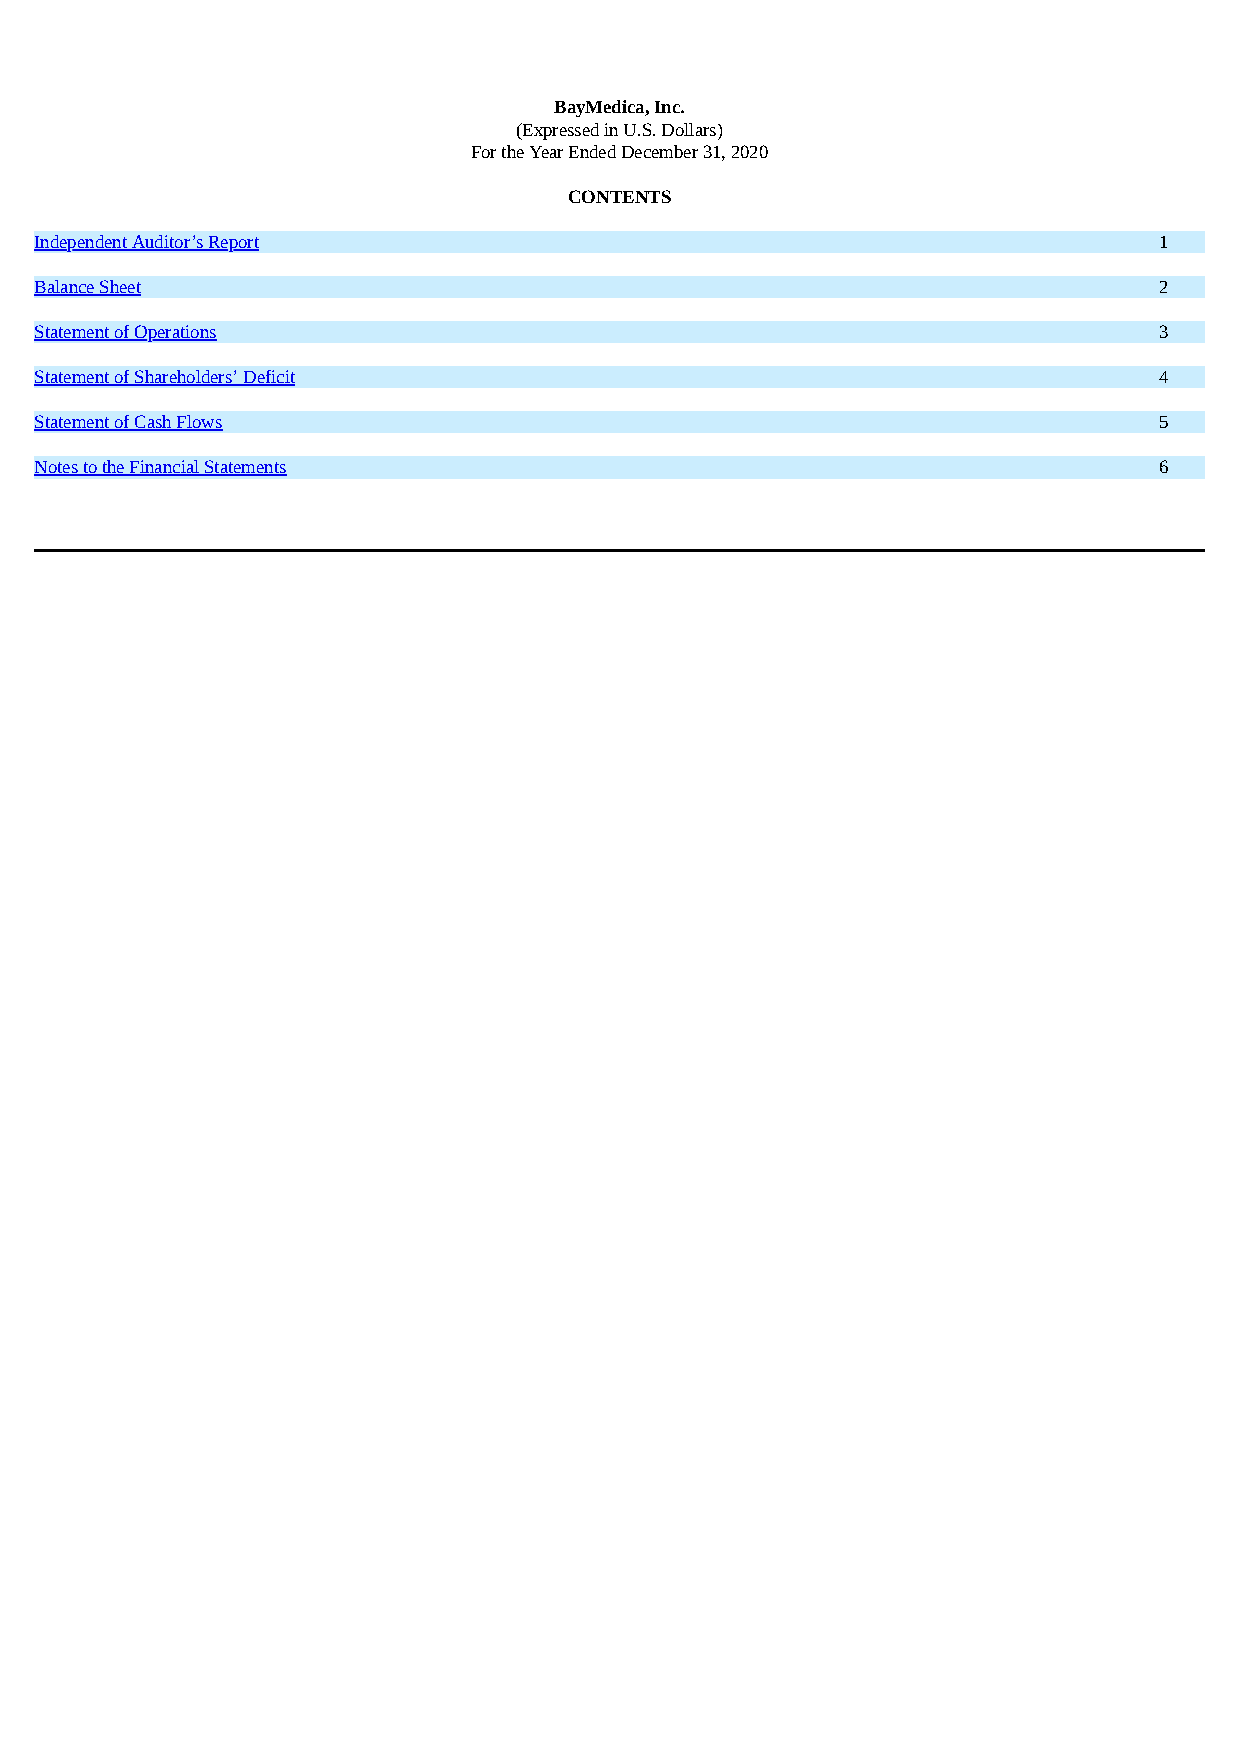
BayMedica, Inc.
 (Expressed in U.S. Dollars)
 For the Year Ended December 31, 2020
 CONTENTS
 Independent Auditor’s Report                                               1
 Balance Sheet                                                              2
 Statement of Operations                                                    3
 Statement of Shareholders’ Deficit                                         4
 Statement of Cash Flows                                                    5
 Notes to the Financial Statements                                          6